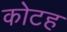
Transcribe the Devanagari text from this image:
कोटह